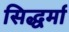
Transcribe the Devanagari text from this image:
सिद्धर्मा